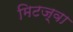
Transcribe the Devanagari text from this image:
मिटज़्वा